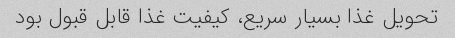
تحویل غذا بسیار سریع، کیفیت غذا قابل قبول بود